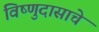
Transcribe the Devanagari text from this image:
विष्णुदासाचे